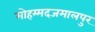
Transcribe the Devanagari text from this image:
मोहम्मदजमालपुर